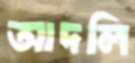
আদলি